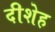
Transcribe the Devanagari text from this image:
दीशेह